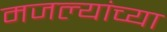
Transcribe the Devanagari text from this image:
मजल्यांच्या